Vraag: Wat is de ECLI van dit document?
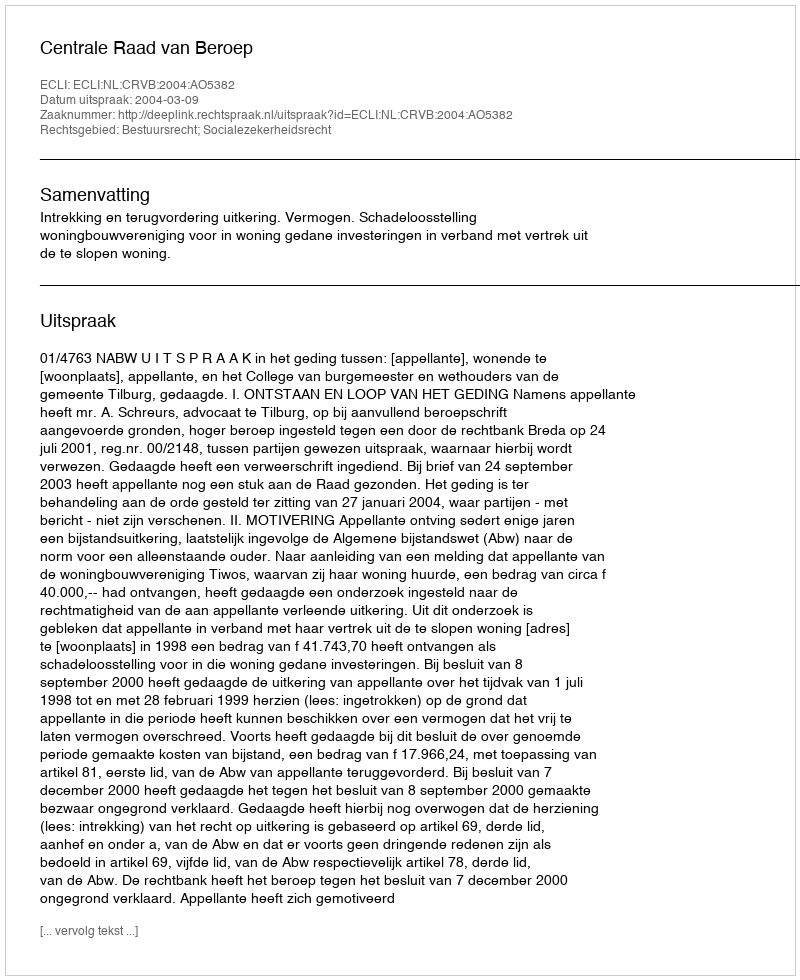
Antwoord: ECLI:NL:CRVB:2004:AO5382